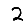
Digit: 2